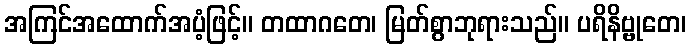
အကြင်အထောက်အပံ့ဖြင့်။ တထာဂတေ၊ မြတ်စွာဘုရားသည်။ ပရိနိဗ္ဗုတေ၊